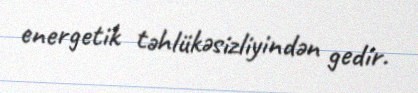
energetik təhlükəsizliyindən gedir.